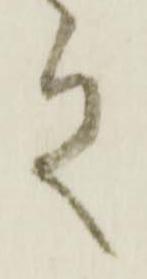
之